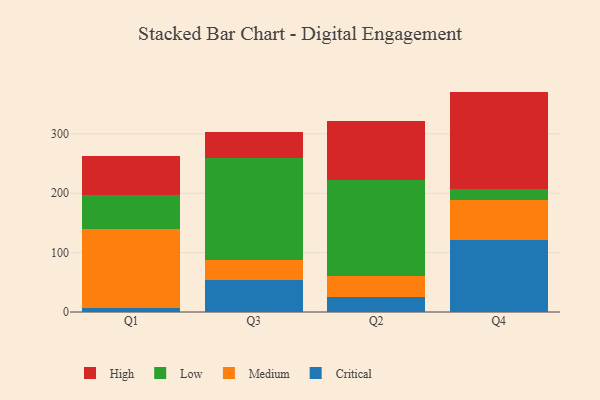
{"axis": {"x": "Quarter", "y": "Shipments"}, "legend": ["Critical", "High", "Low", "Medium"], "data": [{"x": "Q1", "y": 6.0, "type": "Critical"}, {"x": "Q1", "y": 134.5, "type": "Medium"}, {"x": "Q1", "y": 56.6, "type": "Low"}, {"x": "Q1", "y": 66.4, "type": "High"}, {"x": "Q3", "y": 53.9, "type": "Critical"}, {"x": "Q3", "y": 34.4, "type": "Medium"}, {"x": "Q3", "y": 171.4, "type": "Low"}, {"x": "Q3", "y": 43.4, "type": "High"}, {"x": "Q2", "y": 25.3, "type": "Critical"}, {"x": "Q2", "y": 35.6, "type": "Medium"}, {"x": "Q2", "y": 161.0, "type": "Low"}, {"x": "Q2", "y": 99.8, "type": "High"}, {"x": "Q4", "y": 121.5, "type": "Critical"}, {"x": "Q4", "y": 66.8, "type": "Medium"}, {"x": "Q4", "y": 19.3, "type": "Low"}, {"x": "Q4", "y": 163.7, "type": "High"}]}